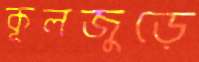
কূলজুড়ে